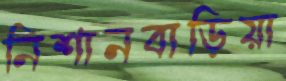
নিশানবাড়িয়া